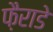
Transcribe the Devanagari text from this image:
फ़ैराडे